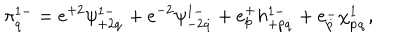
LaTeX: \pi _ { \dot { q } } ^ { 1 - } = e ^ { + 2 } \psi _ { + 2 \dot { q } } ^ { 1 - } + e ^ { - 2 } \psi _ { - 2 \dot { q } } ^ { 1 - } + e _ { p } ^ { + } h _ { + p \dot { q } } ^ { 1 - } + e _ { \dot { p } } ^ { - } \chi _ { \dot { p } \dot { q } } ^ { 1 } ,